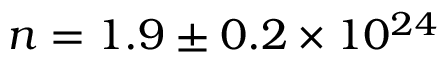
n = 1 . 9 \pm 0 . 2 \times 1 0 ^ { 2 4 }